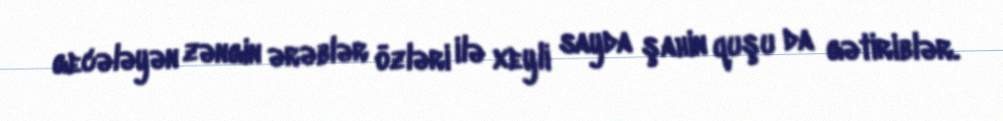
gecələyən zəngin ərəblər özləri ilə xeyli sayda şahin quşu da gətiriblər.